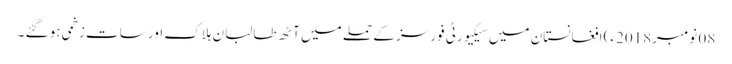
08 نومبر2018ء) افغانستان میں سیکیورٹی فورسز کے حملے میں آٹھ طالبان ہلاک اور سات زخمی ہو گئے ۔